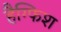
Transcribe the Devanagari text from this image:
हैग्फिश